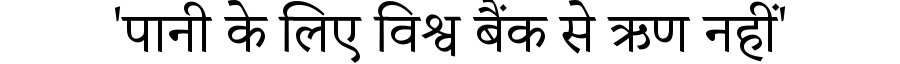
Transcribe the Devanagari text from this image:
'पानी के लिए विश्व बैंक से ऋण नहीं'